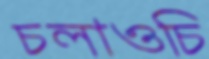
চলাওচি